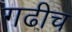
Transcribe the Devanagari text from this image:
गढीच